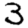
Digit: 3